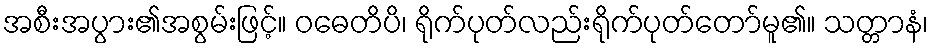
အစီးအပွား၏အစွမ်းဖြင့်။ ဝဓေတိပိ၊ ရိုက်ပုတ်လည်းရိုက်ပုတ်တော်မူ၏။ သတ္တာနံ၊